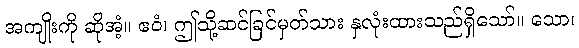
အကျိုးကို ဆိုအံ့။ ဧဝံ၊ ဤသို့ဆင်ခြင်မှတ်သား နှလုံးထားသည်ရှိသော်။ သော၊